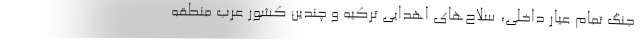
جنگ تمام عیار داخلی، سلاح­های اهدایی ترکیه و چندین کشور عرب منطقه